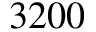
3 2 0 0